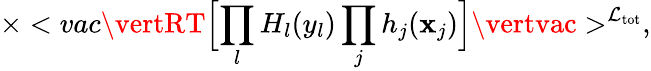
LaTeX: \times<vac\vertRT\Bigl[\prod_{l}H_{l}(y_{l})\prod_{j}h_{j}(\mathbf{x}_{j})\Bigr]\vertvac>^{{\cal\mathcal{L}}_{\mathrm{{tot}}}},